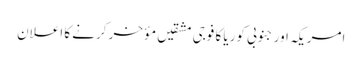
امریکہ اور جنوبی کوریا کا فوجی مشقیں مؤخر کرنے کا اعلان